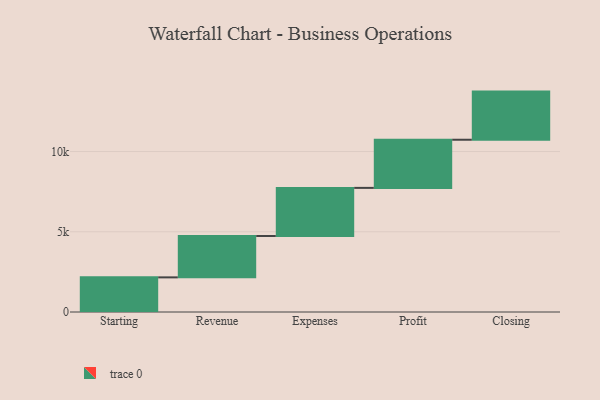
{"axis": {"x": "Step", "y": "Value"}, "legend": [""], "data": [{"x": "Starting", "y": 2158.0, "type": ""}, {"x": "Revenue", "y": 2577.0, "type": ""}, {"x": "Expenses", "y": 3000, "type": ""}, {"x": "Profit", "y": 3000, "type": ""}, {"x": "Closing", "y": 3000, "type": ""}]}